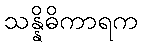
သန္နိဓိကာရက